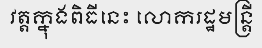
វត្តក្នុងពិធីនេះ លោករដ្ឋមន្ត្រី